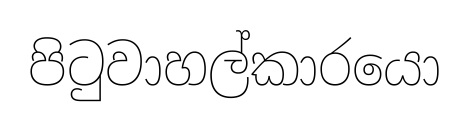
පිටුවාහල්කාරයො